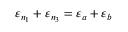
\varepsilon _ { n _ { 1 } } + \varepsilon _ { n _ { 3 } } = \varepsilon _ { a } + \varepsilon _ { b }